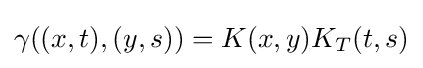
\gamma ((x,t),(y,s))=K(x,y)K_{T}(t,s)